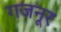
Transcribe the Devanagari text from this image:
गजनूर